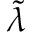
\tilde { \lambda }